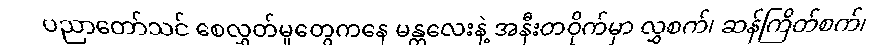
ပညာတော်သင် စေလွှတ်မှုတွေကနေ မန္တလေးနဲ့ အနီးတဝိုက်မှာ လွှစက်၊ ဆန်ကြိတ်စက်၊